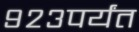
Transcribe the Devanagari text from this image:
९२३पर्यंत